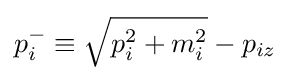
p_{i}^{-}\equiv {\sqrt {p_{i}^{2}+m_{i}^{2}}}-p_{iz}